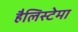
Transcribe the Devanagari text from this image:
हैलिस्टेमा